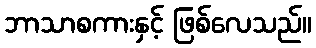
ဘာသာစကားနှင့် ဖြစ်လေသည်။